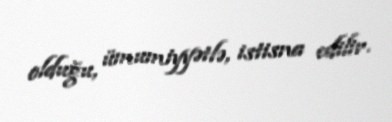
olduğu, ümumiyyətlə, istisna edilir.